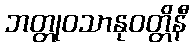
ဘတ္တုဝသာနုဝတ္တိနီ